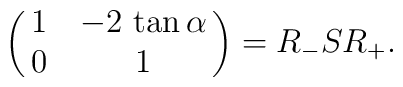
\pmatrix{1 & -2\,\tan\alpha \cr 0 & 1} = R_{-}SR_{+} .